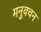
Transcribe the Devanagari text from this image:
मनुवचन